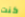
كنت